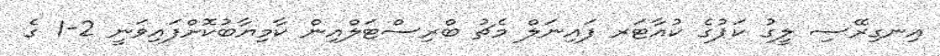
އިނގިރޭސި ލީގު ކަޕުގެ ކުއާޓަރ ފައިނަލް މެޗު ބްރިސްޓަލްއިން ކާމިޔާބުކޮށްފައިވަނީ 2-1 ގެ